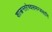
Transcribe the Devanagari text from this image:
शास्त्रन्तरेष्वसमम्जसानि